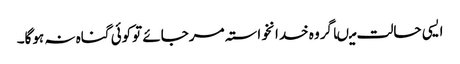
ایسی حالت میںاگروہ خدانخواستہ مرجائے توکوئی گناہ نہ ہوگا۔